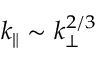
k _ { \parallel } \sim k _ { \perp } ^ { 2 / 3 }